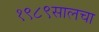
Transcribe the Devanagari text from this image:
१९८९सालचा